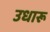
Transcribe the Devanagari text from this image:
उधारू